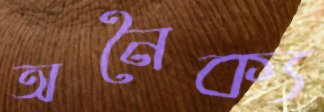
অনৈক্য